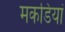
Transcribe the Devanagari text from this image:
मकडियां